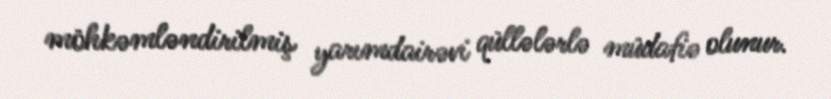
möhkəmləndirilmiş yarımdairəvi qüllələrlə müdafiə olunur.